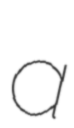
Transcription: a